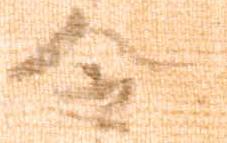
令